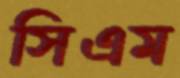
সিএম